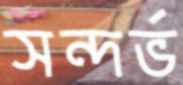
সন্দর্ভ